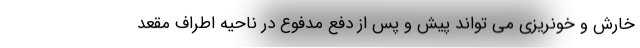
خارش و خونریزی می تواند پیش و پس از دفع مدفوع در ناحیه اطراف مقعد